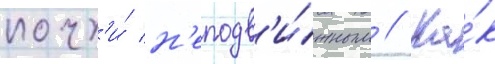
почт'и́ н'еподв'и́жным // Ка́к